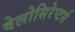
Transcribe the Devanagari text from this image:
वेलोसिरेप्‍टर्स